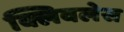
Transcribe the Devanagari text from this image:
क्लिवलेस